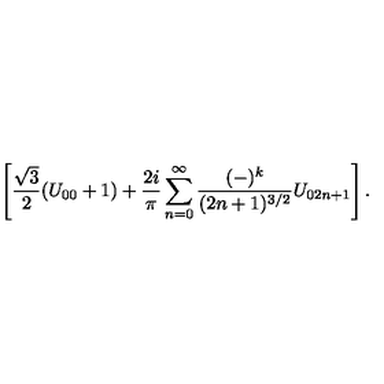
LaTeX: \left[ \frac { \sqrt { 3 } } { 2 } ( U _ { 0 0 } + 1 ) + \frac { 2 i } { \pi } \sum _ { n = 0 } ^ { \infty } \frac { ( - ) ^ { k } } { ( 2 n + 1 ) ^ { 3 / 2 } } U _ { 0 2 n + 1 } \right] .